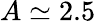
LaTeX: A\simeq 2.5